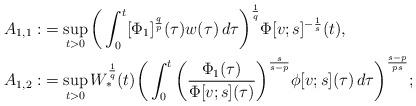
LaTeX: \begin{align*} A_{1,1} : & = \sup_{t > 0}\bigg( \int_0^t [\Phi_1]^{ \frac{q}{p}}(\tau) w(\tau)\,d\tau \bigg)^{\frac{1}{q}} \Phi[v;s]^{- \frac{1}{s}} (t),\\ A_{1,2} : & = \sup_{t > 0} W_*^{\frac{1}{q}} (t) \bigg( \int_0^t \bigg( \frac{\Phi_1(\tau)}{\Phi[v;s](\tau)} \bigg)^{\frac{s}{s-p}} \phi[v;s](\tau)\,d\tau \bigg)^{\frac{s - p}{p s}}; \end{align*}